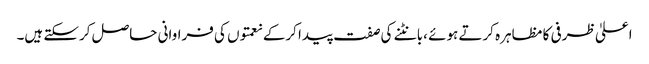
اعلیٰ ظرفی کا مظاہرہ کرتے ہوئے ،بانٹنے کی صفت پیدا کرکے نعمتوں کی فراوانی حاصل کرسکتے ہیں۔